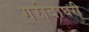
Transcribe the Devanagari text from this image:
गरीबाघरी